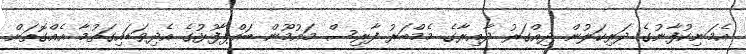
އެމަނިކުފާނުގެ ދަރިކަލުން ދިއްގަރު ދާއިރާގެ މެމްބަރު ފާރިސް މައުމޫން ބައްޕާފުޅުގެ އެދިވަޑައިގަތުމާ އެއްގޮތަށް